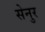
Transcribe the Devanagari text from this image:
सेनुर